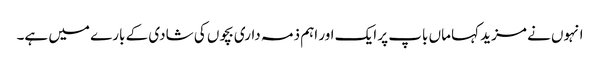
انہوں نے مزید کہا ماں باپ پر ایک اور اہم ذمہ داری بچوں کی شادی کے بارے میں ہے۔